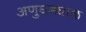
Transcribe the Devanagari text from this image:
अणुघड्याळ